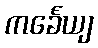
ကင်္ခေယျ